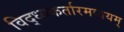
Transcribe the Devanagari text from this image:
विद्ध्यकर्तारमव्ययम्‌